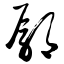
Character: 鄢